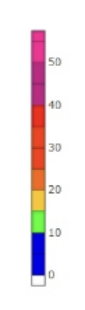
Blue: 0 to 10
Green: 10 to 15
Yellow: 15 to 20
Orange: 20 to 25
Dark Orange: 25 to 35
Red: 35 to 40
Magenta: 40 to 50
Pink: 50 to 65